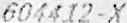
604412-X